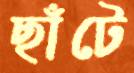
ছাঁটে